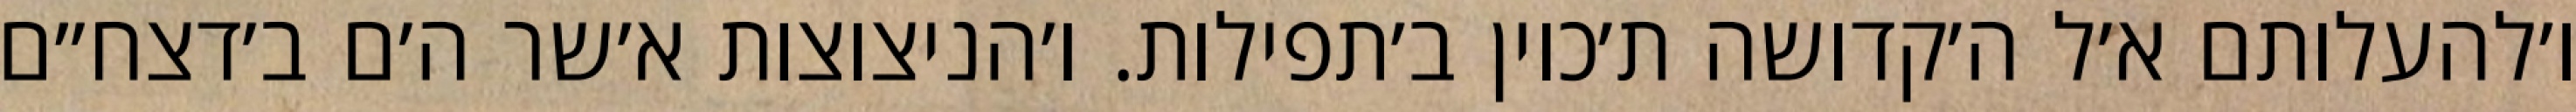
ו׳להעלותם א׳ל ה׳קדושה ת׳כוין ב׳תפילות. ו׳הניצוצות א׳שר ה׳ם ב׳דצח״ם